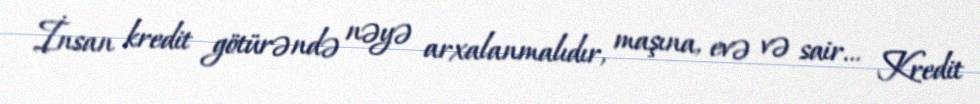
İnsan kredit götürəndə nəyə arxalanmalıdır, maşına, evə və sair... Kredit